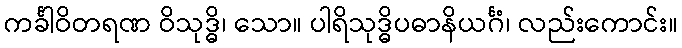
ကင်္ခါဝိတရဏ ဝိသုဒ္ဓိ၊ သော။ ပါရိသုဒ္ဓိပဓာနိယင်္ဂံ၊ လည်းကောင်း။